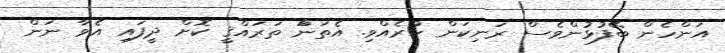
އަންހެން ބޭފުޅުންވެސް ރަނިކަން ކުރެއްވި. އެތަނަް ތަރައްޤީ ކޮށް ދީފައި އެވާ ނަން